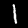
Digit: 1